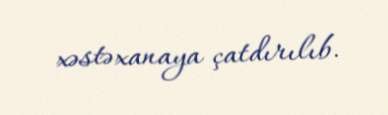
xəstəxanaya çatdırılıb.